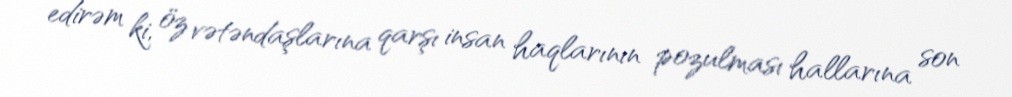
edirəm ki, öz vətəndaşlarına qarşı insan haqlarının pozulması hallarına son